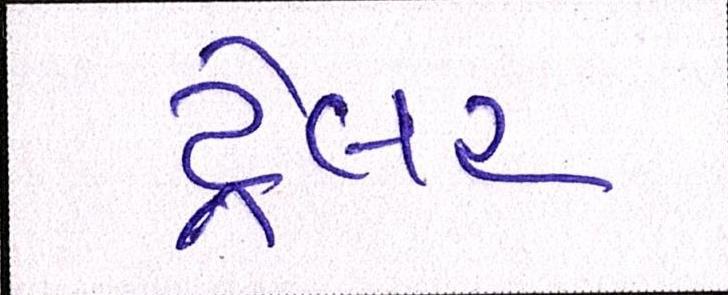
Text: ટ્રેલર